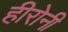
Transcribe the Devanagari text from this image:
हीरोनी